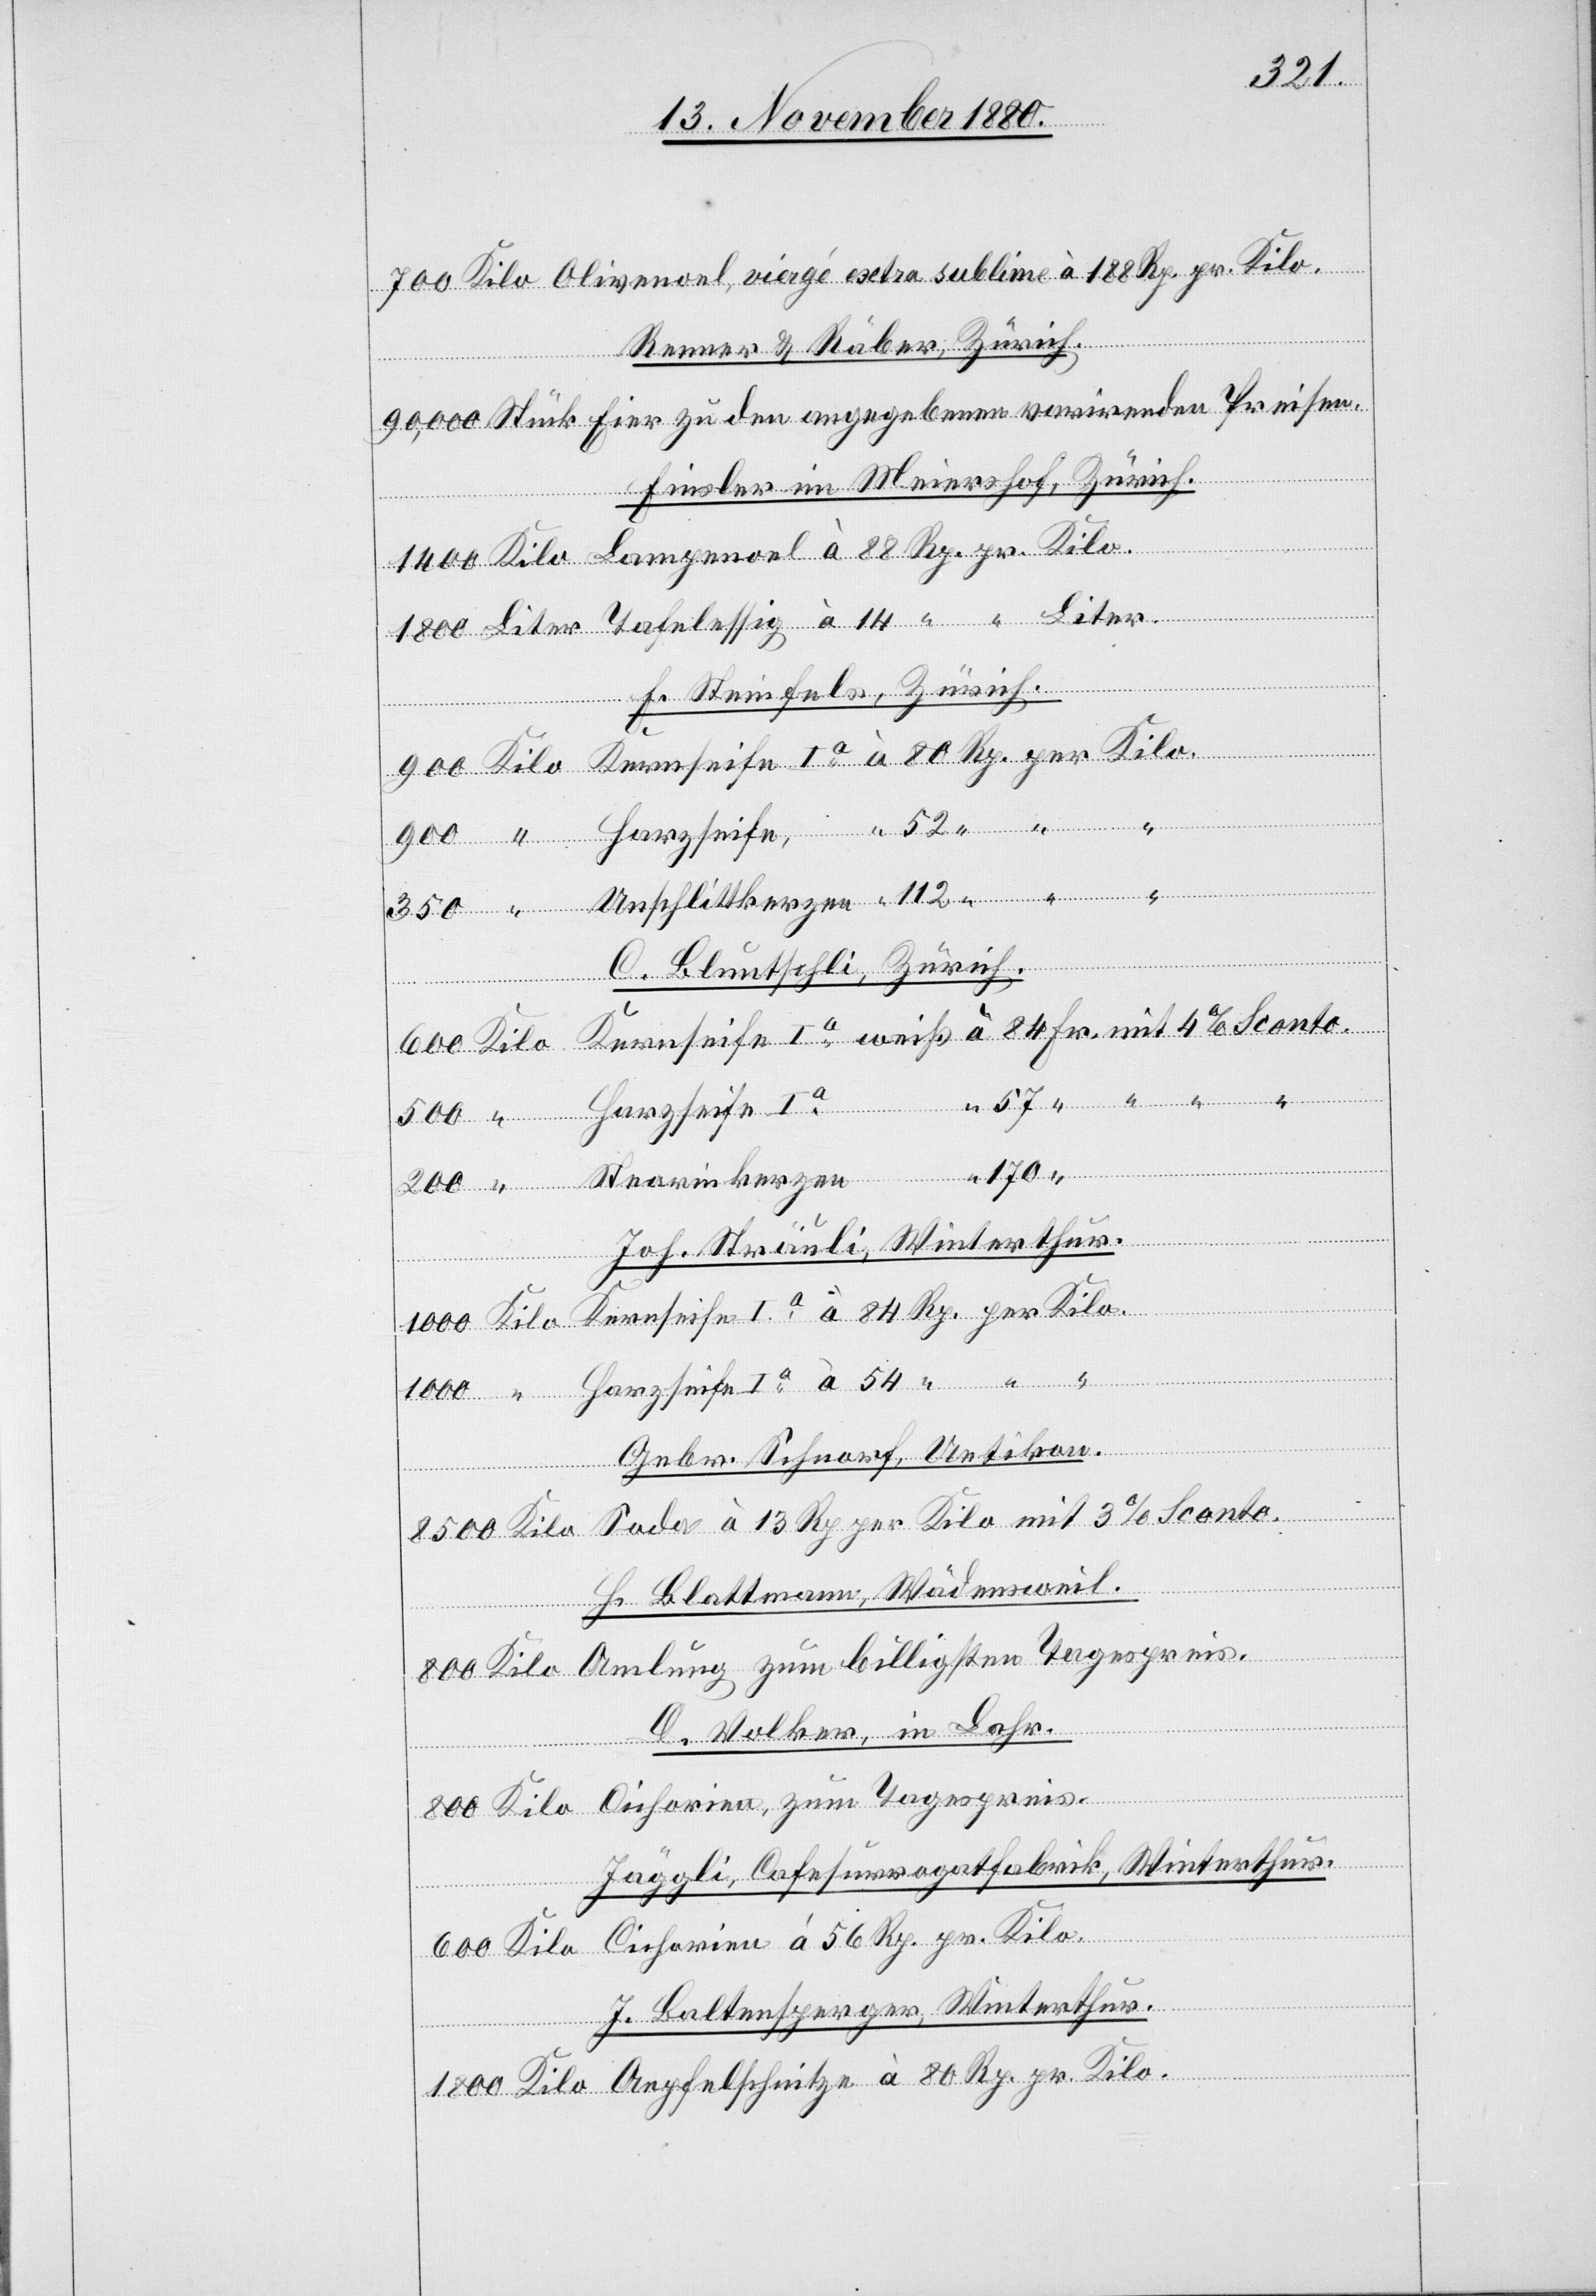
Renner & Räber, Zürich.
pr.
Finsler im Meiershof, Zürich.
F. Steinfels, Zürich.
Tagespreis.
Kilo
elschnitze
C. Bluntschli, Zürich.
per
170
Stearinkerzen
Joh. Sträuli, Winterthur.
Amlurg
zum
“
Gebr. Schnorf, Uetikon.
H. Blattmann, Wädensweil.
D. Volker, in Lahr.
mit
3%
J. Baltensperger, Winterthur.